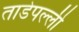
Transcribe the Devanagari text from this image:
ताडेपल्ली